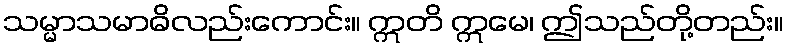
သမ္မာသမာဓိလည်းကောင်း။ ဣတိ ဣမေ၊ ဤသည်တို့တည်း။